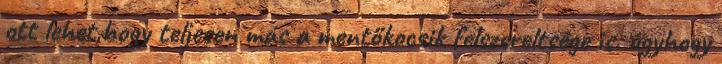
ott lehet,hogy teljesen más a mentőkocsik felszereltsége is. úgyhogy